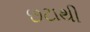
છટાથી